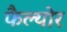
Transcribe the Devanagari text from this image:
फैल्योर